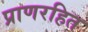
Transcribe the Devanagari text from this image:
प्राणरहित